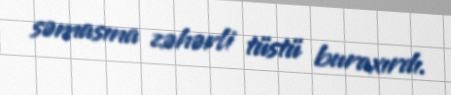
səmasına zəhərli tüstü buraxırdı.